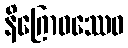
နိဂြောဓဿေဝ